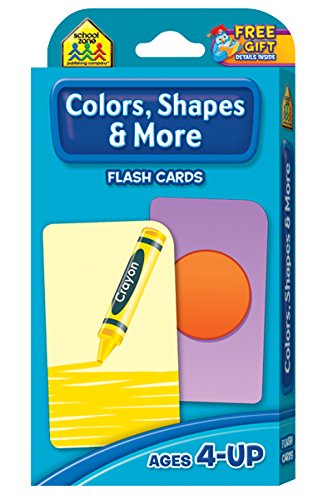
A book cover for Colors, Shapes and More Flash Cards; School Zone Publishing Company Staff; Children's Books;